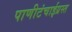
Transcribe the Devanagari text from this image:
पाणीटंचाईग्रस्त